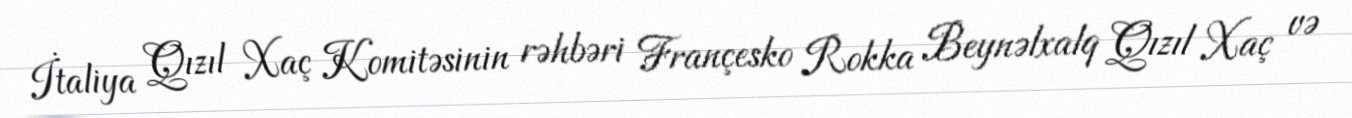
İtaliya Qızıl Xaç Komitəsinin rəhbəri Françesko Rokka Beynəlxalq Qızıl Xaç və